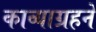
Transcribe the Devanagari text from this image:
काव्याग्रहने